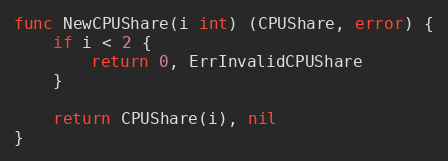
Language: Go
func NewCPUShare(i int) (CPUShare, error) {
	if i < 2 {
		return 0, ErrInvalidCPUShare
	}

	return CPUShare(i), nil
}